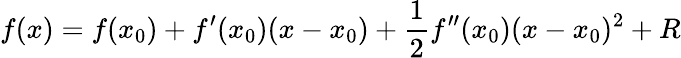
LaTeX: f(x)=f(x_{0})+f^{\prime}(x_{0})(x-x_{0})+{\frac{1}{2}}f^{\prime\prime}(x_{0})(x-x_{0})^{2}+R